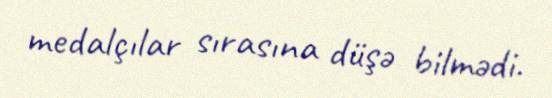
medalçılar sırasına düşə bilmədi.